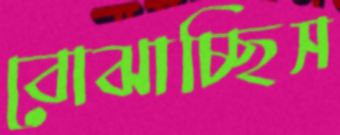
বোঝাচ্ছিস